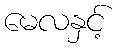
မေလနှင့်